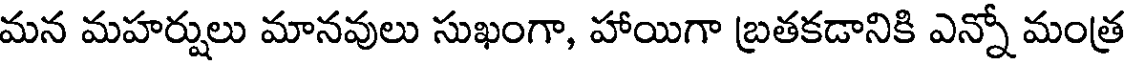
మన మహర్షులు మానవులు సుఖంగా, హాయిగా బ్రతకడానికి ఎన్నో మంత్ర